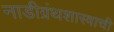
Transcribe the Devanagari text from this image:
नाडीग्रंथशास्त्राची